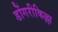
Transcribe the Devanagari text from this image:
डोंगरीकिल्ला